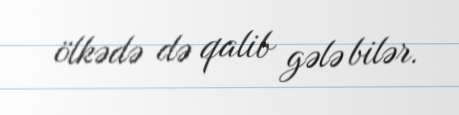
ölkədə də qalib gələ bilər.